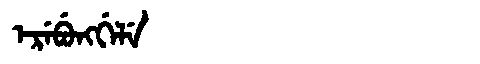
Manchu: ᡝᡵᡝᠪᡠᠩᡤᡝᠯᡝ
Romanization: EREBUNGGELE